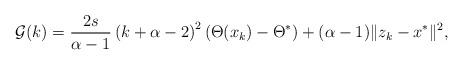
LaTeX: \begin{align*} \mathcal G(k)= \frac{2s}{\alpha -1} \left( k + \alpha -2\right)^2 (\Theta (x_k) - {\Theta}^*) + (\alpha -1) \| z_{k} -x^{*} \|^2 ,\end{align*}